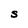
Character: s